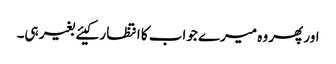
اور پھر وہ میرے جواب کا انتظا ر کیئے بغیر ہی۔